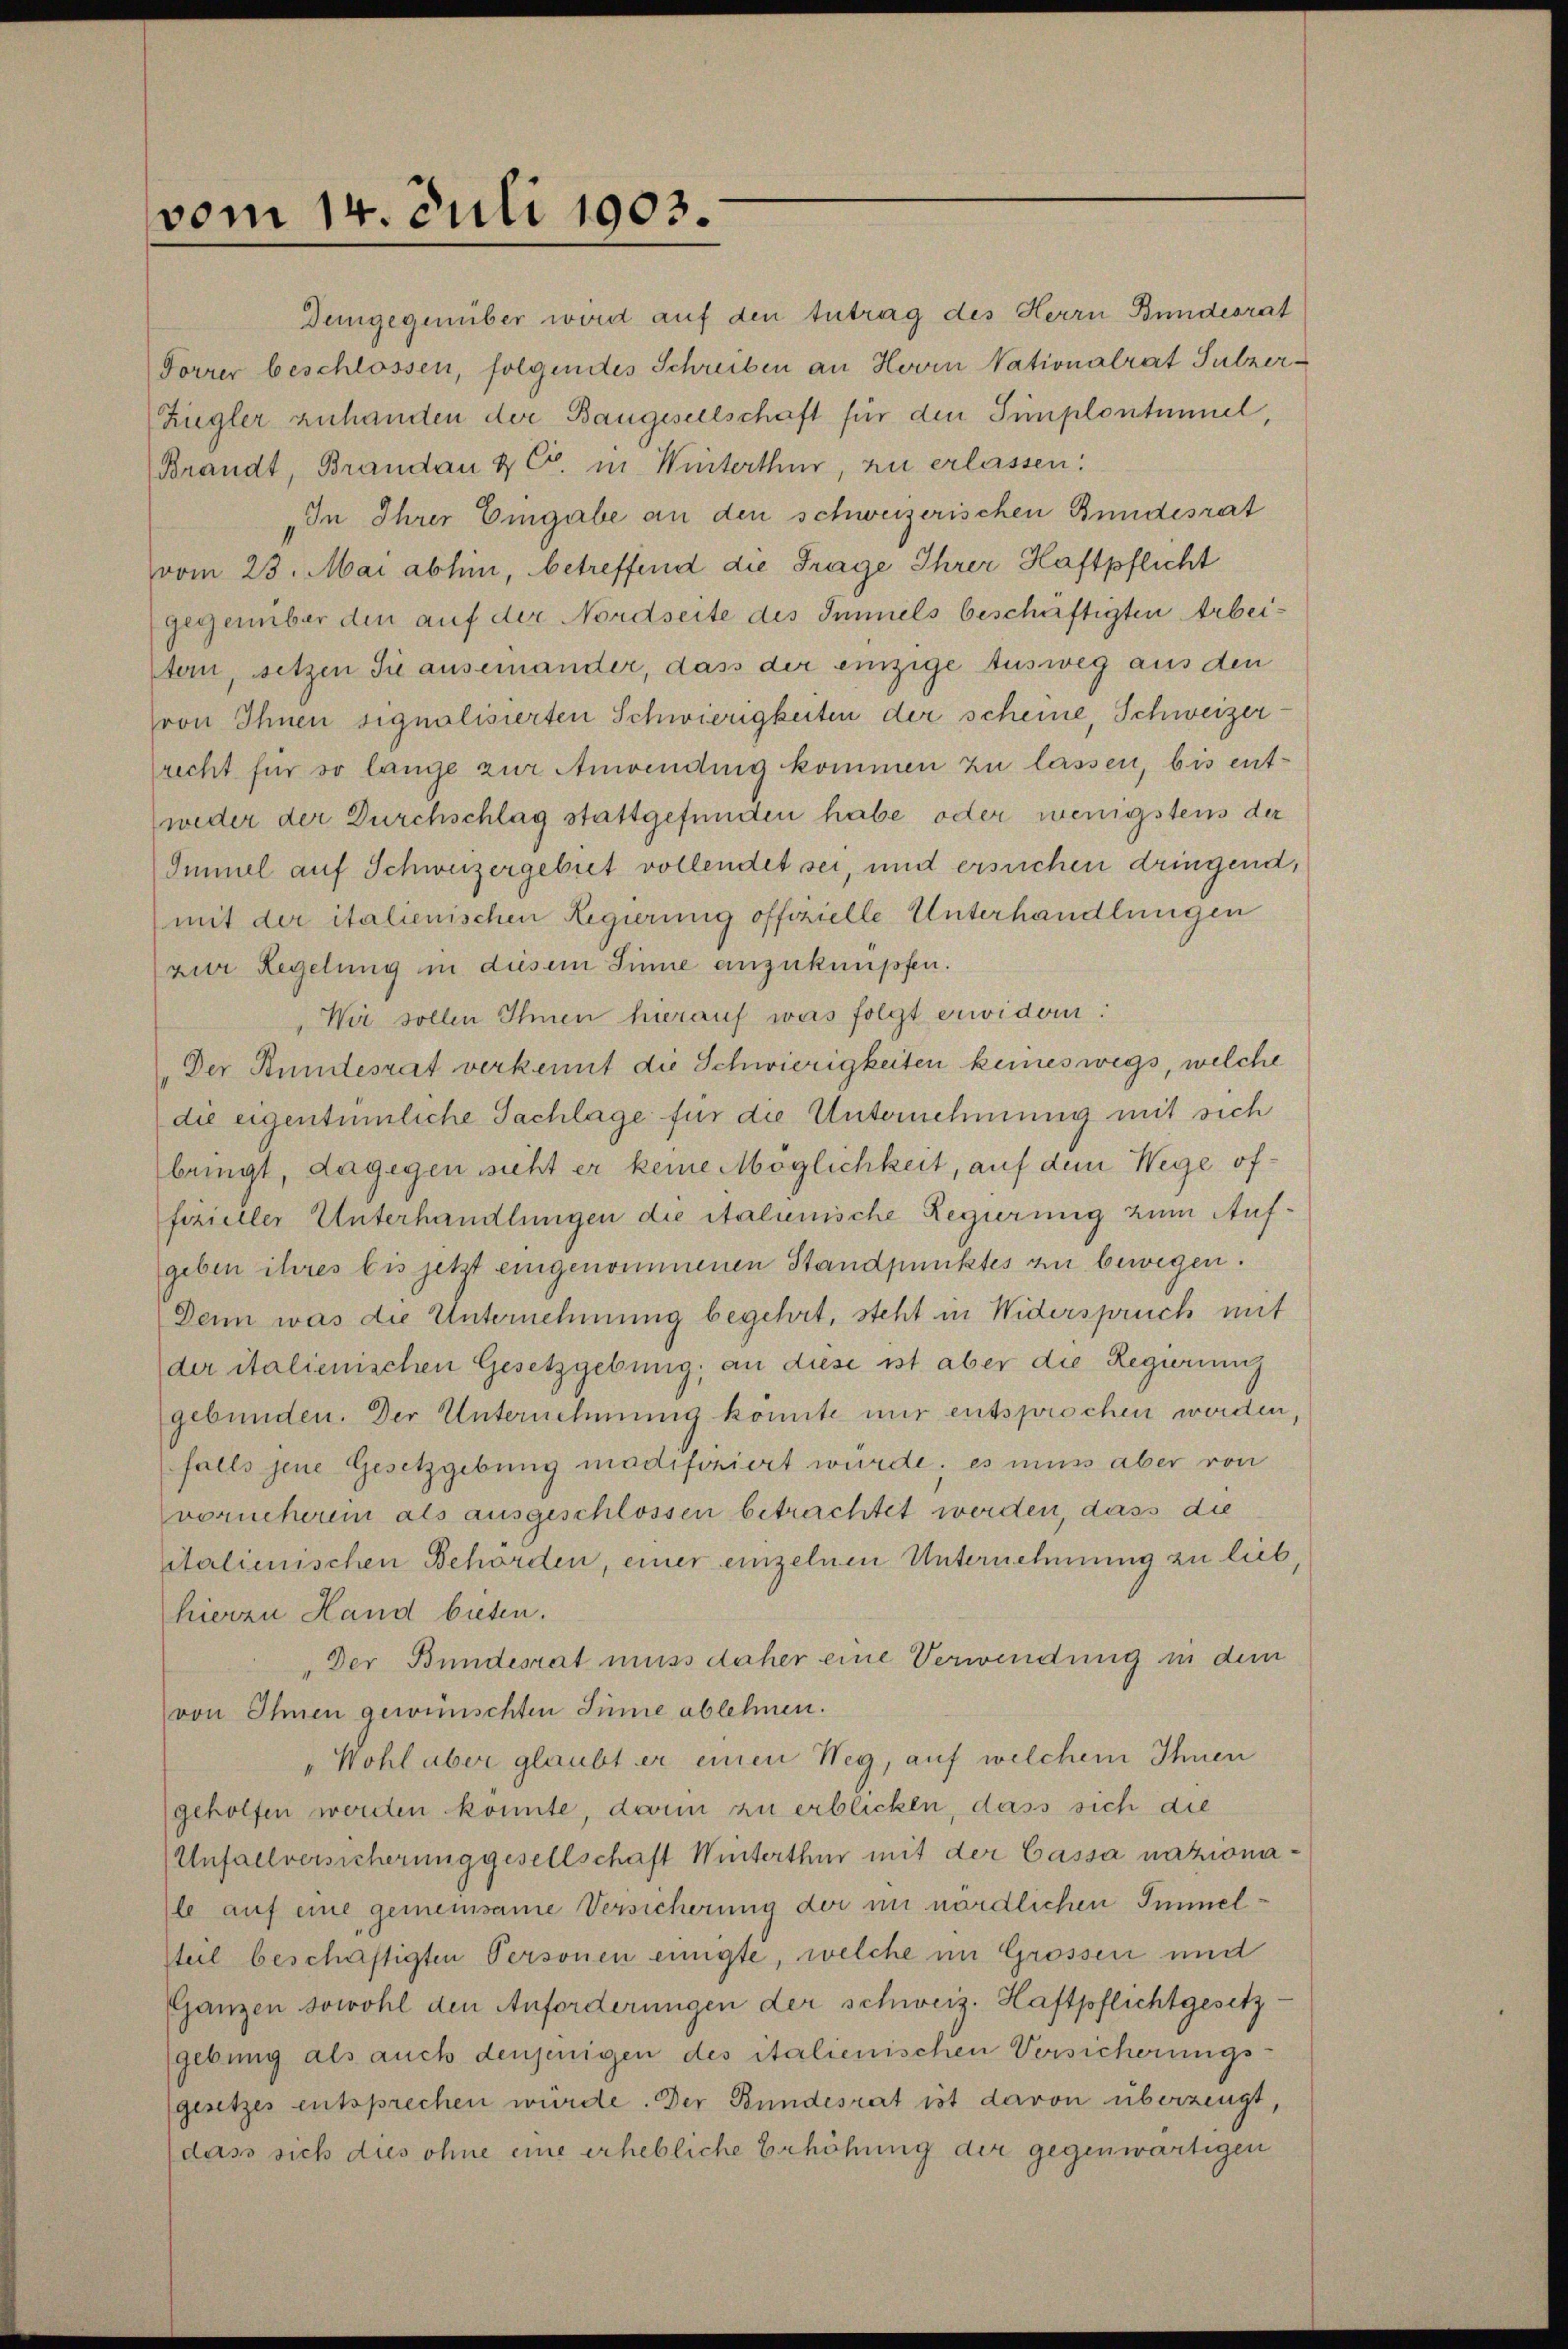
vom 14. Juli 1903.

Ziegler zuhanden der Baugesellschaft für den Simplontiel,
Brandt, Brandau & Co. in Winterthur, zu erlassen:
In Ihrer Eingabe an den schweizerischen Bundesrat
vom 23. Mai abhin, betreffend die Frage Ihrer Haftpflicht
gegenüber den auf der Nordseite des Immels beschäftigten Arbeitern, setzen Sie auseinander, dass der einzige Ausweg aus den
von Ihnen signalisierten Schwierigkeiten der scheine, Schweizer-
recht für so lange zur Anwendung kommen zu lassen, bis entweder der Durchschlag stattgefunden habe oder wenigstens der
Immel auf Schweizergebiet vollendet sei, und ersuchen dringend,
mit der italienischen Regierung offizielle Unterhandlungen
zur Regelung in diesem Sinne anzuknüpfen.
Wir sollen Ihnen hierauf was folgt erwidern:
„Der Bundesrat verkennt die Schwierigkeiten keineswegs, welche
die eigentümliche Sachlage für die Unternehmung mit sich
bringt, dagegen sicht er keine Möglichkeit, auf dem Wege offizieller Unterhandlungen die italienische Regierung zum Aufgeben ihres bis jetzt eingenommenen Standpunktes zu bewegen.
Denn was die Unternehmung begehrt, steht in Widerspruch mit
der italienischen Gesetzgebung; an diese ist aber die Regierung
gebunden. Der Unternehmung könnte nur entsprochen werden,
falls jene Gesetzgebung madifoniert würde. es muss aber von
vorucheren als ausgeschlossen betrachtet werden, dass die
italienischen Behörden, einer einzelnen Unternehmung zu lieb,
hierzu Hand bieten.
Der Bundesrat muss daher eine Verwendung in dem
von Ihnen gewünschten Sinne ablehnen.
"Wohl aber glaubt er einen Weg, auf welchem Ihnen
geholfen worden konnte, dann zu erblicken, dass sich die
Unfallversicherung gesellschaft Winterthur mit der Cassa nazionale auf eine gemeinsame Versicherung der im nördlichen Immelsteil beschäftigten Personen einigte, welche im Grossen und
Ganzen sowohl den Anforderungen der schweiz. Haftpflichtgesetz-
gebung als auch denjenigen des italienischen Versicherungsgesetzes entsprechen würde. Der Bundesrat ist davon überzeugt,
dass sich dies ohne eine erhebliche Erhöhung der gegenwärtigen

Demgegenüber wird auf den tutrag des Herrn Bundesrat
Forrer beschlossen, folgendes Schreiben an Hovin Nationalrat Sulzer-